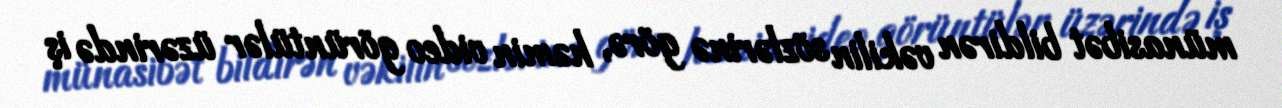
münasibət bildirən vəkilin sözlərinə görə, həmin video görüntülər üzərində iş